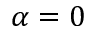
\alpha = 0